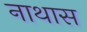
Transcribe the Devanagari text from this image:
नाथास